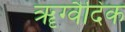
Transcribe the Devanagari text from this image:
ॠग्वैदिक